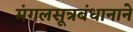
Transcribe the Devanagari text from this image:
मंगलसूत्रबंधानाने